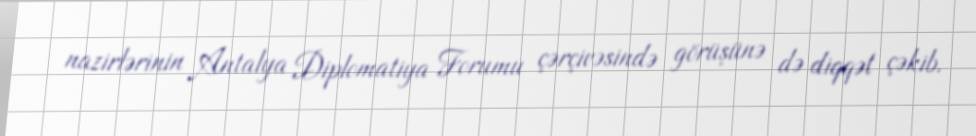
nazirlərinin Antalya Diplomatiya Forumu çərçivəsində görüşünə də diqqət çəkib.